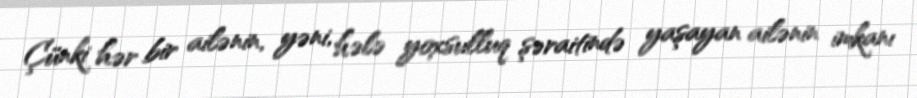
Çünki hər bir ailənin, yəni, hələ yoxsulluq şəraitində yaşayan ailənin imkanı